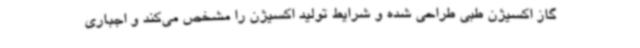
گاز اکسیژن طبی طراحی شده و شرایط تولید اکسیژن را مشخص می‌کند و اجباری